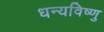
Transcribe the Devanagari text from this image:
धन्यविष्णु